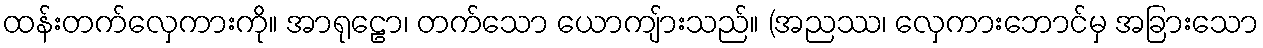
ထန်းတက်လှေကားကို။ အာရုဠော၊ တက်သော ယောကျ်ားသည်။ (အညဿ၊ လှေကားဘောင်မှ အခြားသော